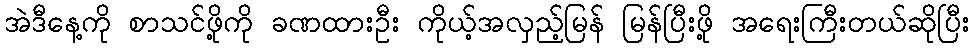
အဲဒီနေ့ကို စာသင်ဖို့ကို ခဏထားဦး ကိုယ့်အလှည့်မြန် မြန်ပြီးဖို့ အရေးကြီးတယ်ဆိုပြီး